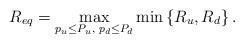
LaTeX: \begin{align*}R_{eq}=\underset{p_{u}\leq P_{u},\textrm{ }p_{d}\leq P_{d}}{\textrm{max}}\min\left\{ R_{u},R_{d}\right\} .\end{align*}